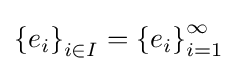
\left\{e_{i}\right\}_{i\in I}=\left\{e_{i}\right\}_{i=1}^{\infty }